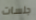
جلسات